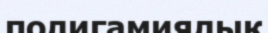
полигамиялық